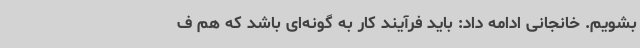
بشویم. خانجانی ادامه داد: باید فرآیند کار به گونه‌ای باشد که هم ف